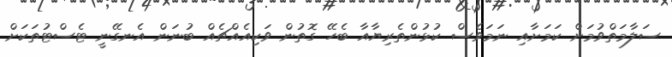
ސަލާމަތްވުމަށް ކަމަށާއި ނަމަވެސް ކުޅުންތެރިޔާއާ ބެހޭ ގޮތުން ވަކިއެއްޗެއް ބުނަން އެނގޭނީ ޓެސްޓުތަކަށް